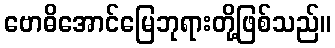
ဗောဓိအောင်မြေဘုရားတို့ဖြစ်သည်။